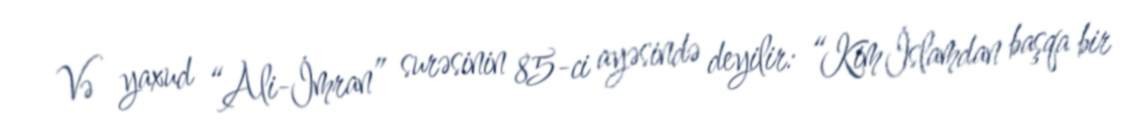
Və yaxud “Ali-İmran” surəsinin 85-ci ayəsində deyilir: “Kim İslamdan başqa bir